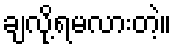
ချလို့ရမလားတဲ့။